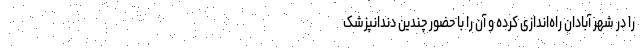
را در شهر آبادان راه‌اندازی کرده و آن را با حضور چندین دندانپزشک